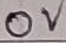
Text: 0V